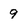
Character: 9